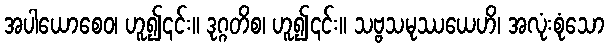
အပါယောစေဝ၊ ဟူ၍၎င်း။ ဒုဂ္ဂတိစ၊ ဟူ၍၎င်း။ သဗ္ဗသမုဿယေဟိ၊ အလုံးစုံသော